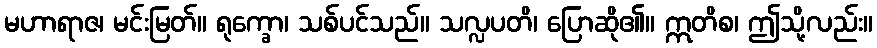
မဟာရာဇ၊ မင်းမြတ်။ ရုက္ခော၊ သစ်ပင်သည်။ သလ္လပတိ၊ ပြောဆို၏။ ဣတိစ၊ ဤသို့လည်း။